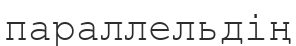
параллельдің